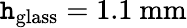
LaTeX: \mathtt{h}_{\mathrm{{glass}}}=1.1\ \mathrm{{mm}}